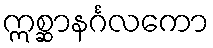
ဣစ္ဆာနင်္ဂလကော